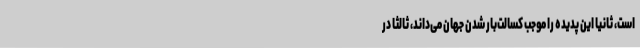
است، ثانیا این پدیده را موجب کسالت‌بار شدن جهان می‌داند، ثالثا در